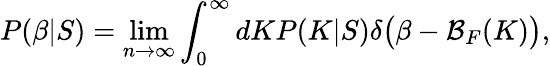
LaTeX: P(\beta|S)=\operatorname*{lim}_{n\rightarrow\infty}\int_{0}^{\infty}dKP(K|S)\delta\big(\beta-\mathcal{B}_{F}(K)\big),